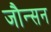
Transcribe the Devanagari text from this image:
जौन्सन